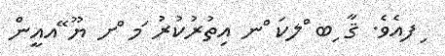
ިފއެވެ. ޤާ ިބ ްލކަ ްނ އިތުރުކުރު ަމ ްށ ޔޫ ޭއއީން